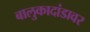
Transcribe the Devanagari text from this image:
बालुकादांडावर